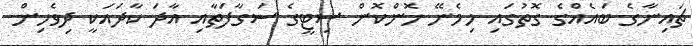
ޗައިނާގެ ބައެއްގެ ގޮތުގައި ހިމެނޭ ހޮންކޮން ސިޓީގެ ސަގާފަތާއި އާދަ ކާދައަކީ ދިވެހިން